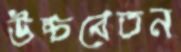
উচ্চবেতন